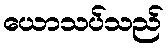
ယောသပ်သည်